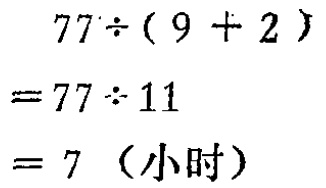
\[

\begin{align*}

&77\div(9 + 2)\\

=&77\div11\\

=&7 \text{（小时）}

\end{align*}

\]